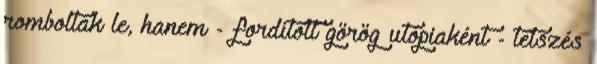
romboltak le, hanem - fordított görög utópiaként - tetszés